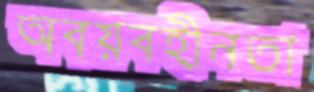
অবয়বহীনতা